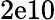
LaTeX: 2\mathrm{e}10